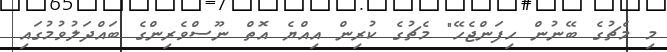
މި މެޗުގެ ބޭނުން ހިފަންޖެހޭ" މެޗުގެ ކުރިން އިއްޔެ އޮތް ނޫސްވެރިންގެ ބައްދަލުވުމުގައި